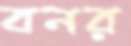
বনর